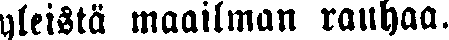
yleistä maailman rauhaa.